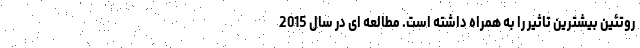
روتئین بیشترین تاثیر را به همراه داشته است. مطالعه ای در سال 2015